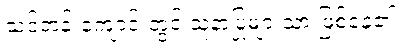
သင်တန်းကျောင်းတွင် သူနာပြုများသာ ဖြစ်နေ၏။